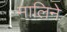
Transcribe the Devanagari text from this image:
मालिने